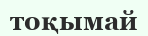
тоқымай